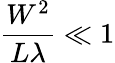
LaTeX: {\frac{W^{2}}{L\lambda}}\ll 1